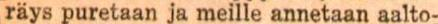
räys puretaan ja meille annetaan aalto-